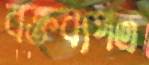
বক্তব্যপত্র